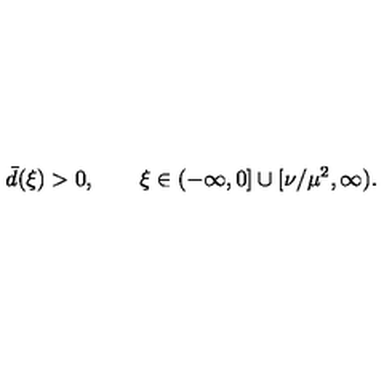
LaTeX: \bar { d } ( \xi ) > 0 , \qquad \xi \in ( - \infty , 0 ] \cup [ \nu / \mu ^ { 2 } , \infty ) .